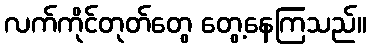
လက်ကိုင်တုတ်တွေ တွေ့နေကြသည်။